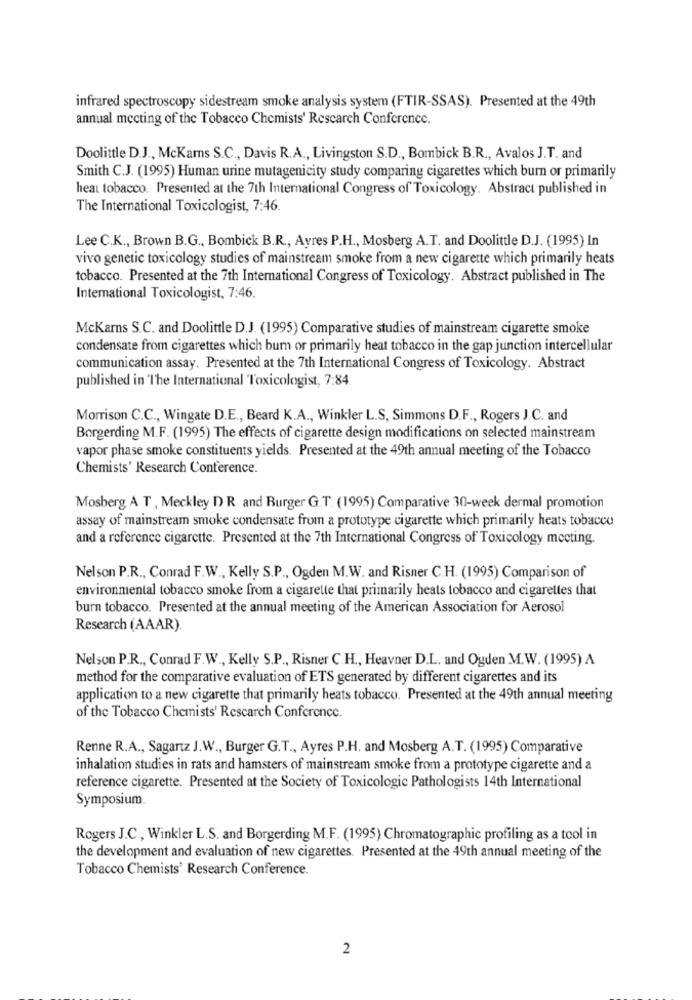
infrared spectroscopy sidestream smoke analysis system (FTIR-SSAS). Presented at the 49th
annual meeting of the Tobacco Chemists' Rescarch Conference.
Doolittle D.J ., McKams S.C ., Davis R.A ., Livingston S.D ., Bombick B.R ., Avalos J.T. and
Smith C.J. (1995) Human urine mutagenicity study comparing cigarettes which burn or primarily
heat tobacco. Presented at the 7th International Congress of Toxicology. Abstract published in
The International Toxicologist, 7:46.
Lee C.K ., Brown B.G ., Bombick B.R ., Avres P.H ., Mosberg A.T. and Doolittle D.J. (1995) In
vivo genetic toxicology studies of mainstream smoke from a new cigarette which primarily heats
tobacco. Presented at the 7th International Congress of Toxicology. Abstract published in The
International Toxicologist, 7:46.
McKarns S.C. and Doolittle D.J. (1995) Comparative studies of mainstream cigarette smoke
condensate from cigarettes which bum or primarily heat tobacco in the gap junction intercellular
communication assay. Presented at the 7th International Congress of Toxicology. Abstract
published in The International Toxicologist, 7:84.
Morrison C.C ., Wingate D.E ., Beard K.A ., Winkler L.S, Simmons D.F ., Rogers J.C. and
Borgerding M.F. (1995) The effects of cigarette design modifications on selected mainstream
vapor phase smoke constituents yields. Presented at the 49th annual meeting of the Tobacco
Chemists' Research Conference.
Mosberg A T , Meckley DR and Burger G.T. (1995) Comparative 30-week dermal promotion
assay of mainstream smoke condensate from a prototype cigarette which primarily heats tobacco
and a reference cigarette. Presented at the 7th International Congress of Toxicology meeting.
Nelson P.R ., Conrad F.W ., Kelly S.P ., Ogden M.W. and Risner C.H. (1995) Comparison of
environmental tobacco smoke from a cigarette that primarily heats tobacco and cigarettes that
burn tobacco. Presented at the annual meeting of the American Association for Aerosol
Research (AAAR).
Nelson P.R ., Conrad F.W ., Kelly S.P ., Risner C.H ., Heavner D.L. and Ogden M.W. (1995) A
method for the comparative evaluation of ETS generated by different cigarettes and its
application to a new cigarette that primarily heats tobacco. Presented at the 49th annual meeting
of the Tobacco Chemists' Rescarch Conference.
Renne R.A ., Sagartz J.W ., Burger G.T ., Ayres P.H. and Mosberg A.T. (1995) Comparative
inhalation studies in rats and hamsters of mainstream smoke from a prototype cigarette and a
reference cigarette. Presented at the Society of Toxicologic Pathologists 14th International
Symposium.
Rogers J.C ., Winkler L.S. and Borgerding M.F. (1995) Chromatographic profiling as a tool in
the development and evaluation of new cigarettes. Presented at the 49th annual meeting of the
Tobacco Chemists' Research Conference.
2